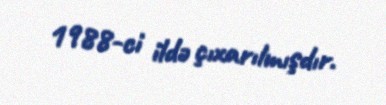
1988-ci ildə çıxarılmışdır.